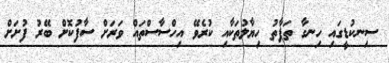
ސިނކުޑީގައި ހިނގާ ތަފާތު ހިޔާލުތަކާއި ކުރެވޭ އިހްސާސްތައް ވަރަށް ސާފުކޮށް ބޭރު ފުށަށް